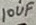
Text: 10uF